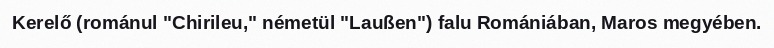
Kerelő (románul "Chirileu," németül "Laußen") falu Romániában, Maros megyében.